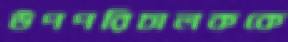
উপপরিচালককে